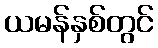
ယမန်နှစ်တွင်